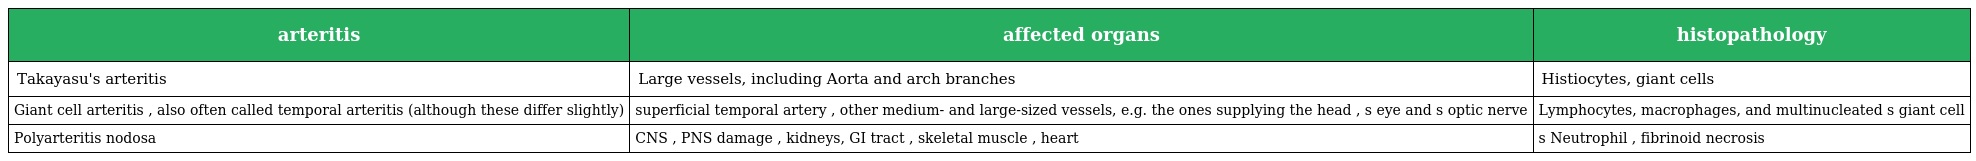
| arteritis | affected organs | histopathology |
 | --- | --- | --- |
 | Takayasu's arteritis | Large vessels, including Aorta and arch branches | Histiocytes, giant cells |
 | Giant cell arteritis , also often called temporal arteritis (although these differ slightly) | superficial temporal artery , other medium- and large-sized vessels, e.g. the ones supplying the head , s eye and s optic nerve | Lymphocytes, macrophages, and multinucleated s giant cell |
 | Polyarteritis nodosa | CNS , PNS damage , kidneys, GI tract , skeletal muscle , heart | s Neutrophil , fibrinoid necrosis |